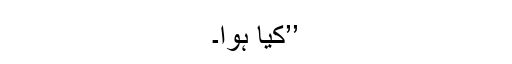
’’کیا ہوا۔